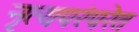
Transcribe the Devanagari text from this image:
नृत्यपरंपरेत